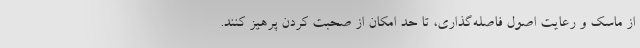
از ماسک و رعایت اصول فاصله‌گذاری، تا حد امکان از صحبت کردن پرهیز کنند.